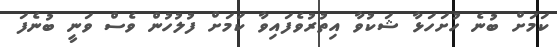
ކަމަށް ބުނެ ހުށަހަޅާ ޝަކުވާ އިތުރުވެފައިވާ ކަމަށް ފުލުހުން ވެސް ވަނީ ބުނެފަ